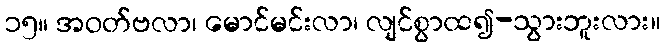
၁၅။ အဝတ်ဗလာ၊ မောင်မင်းလာ၊ လျင်စွာထ၍-သွားဘူးလား။